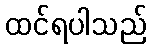
ထင်ရပါသည်